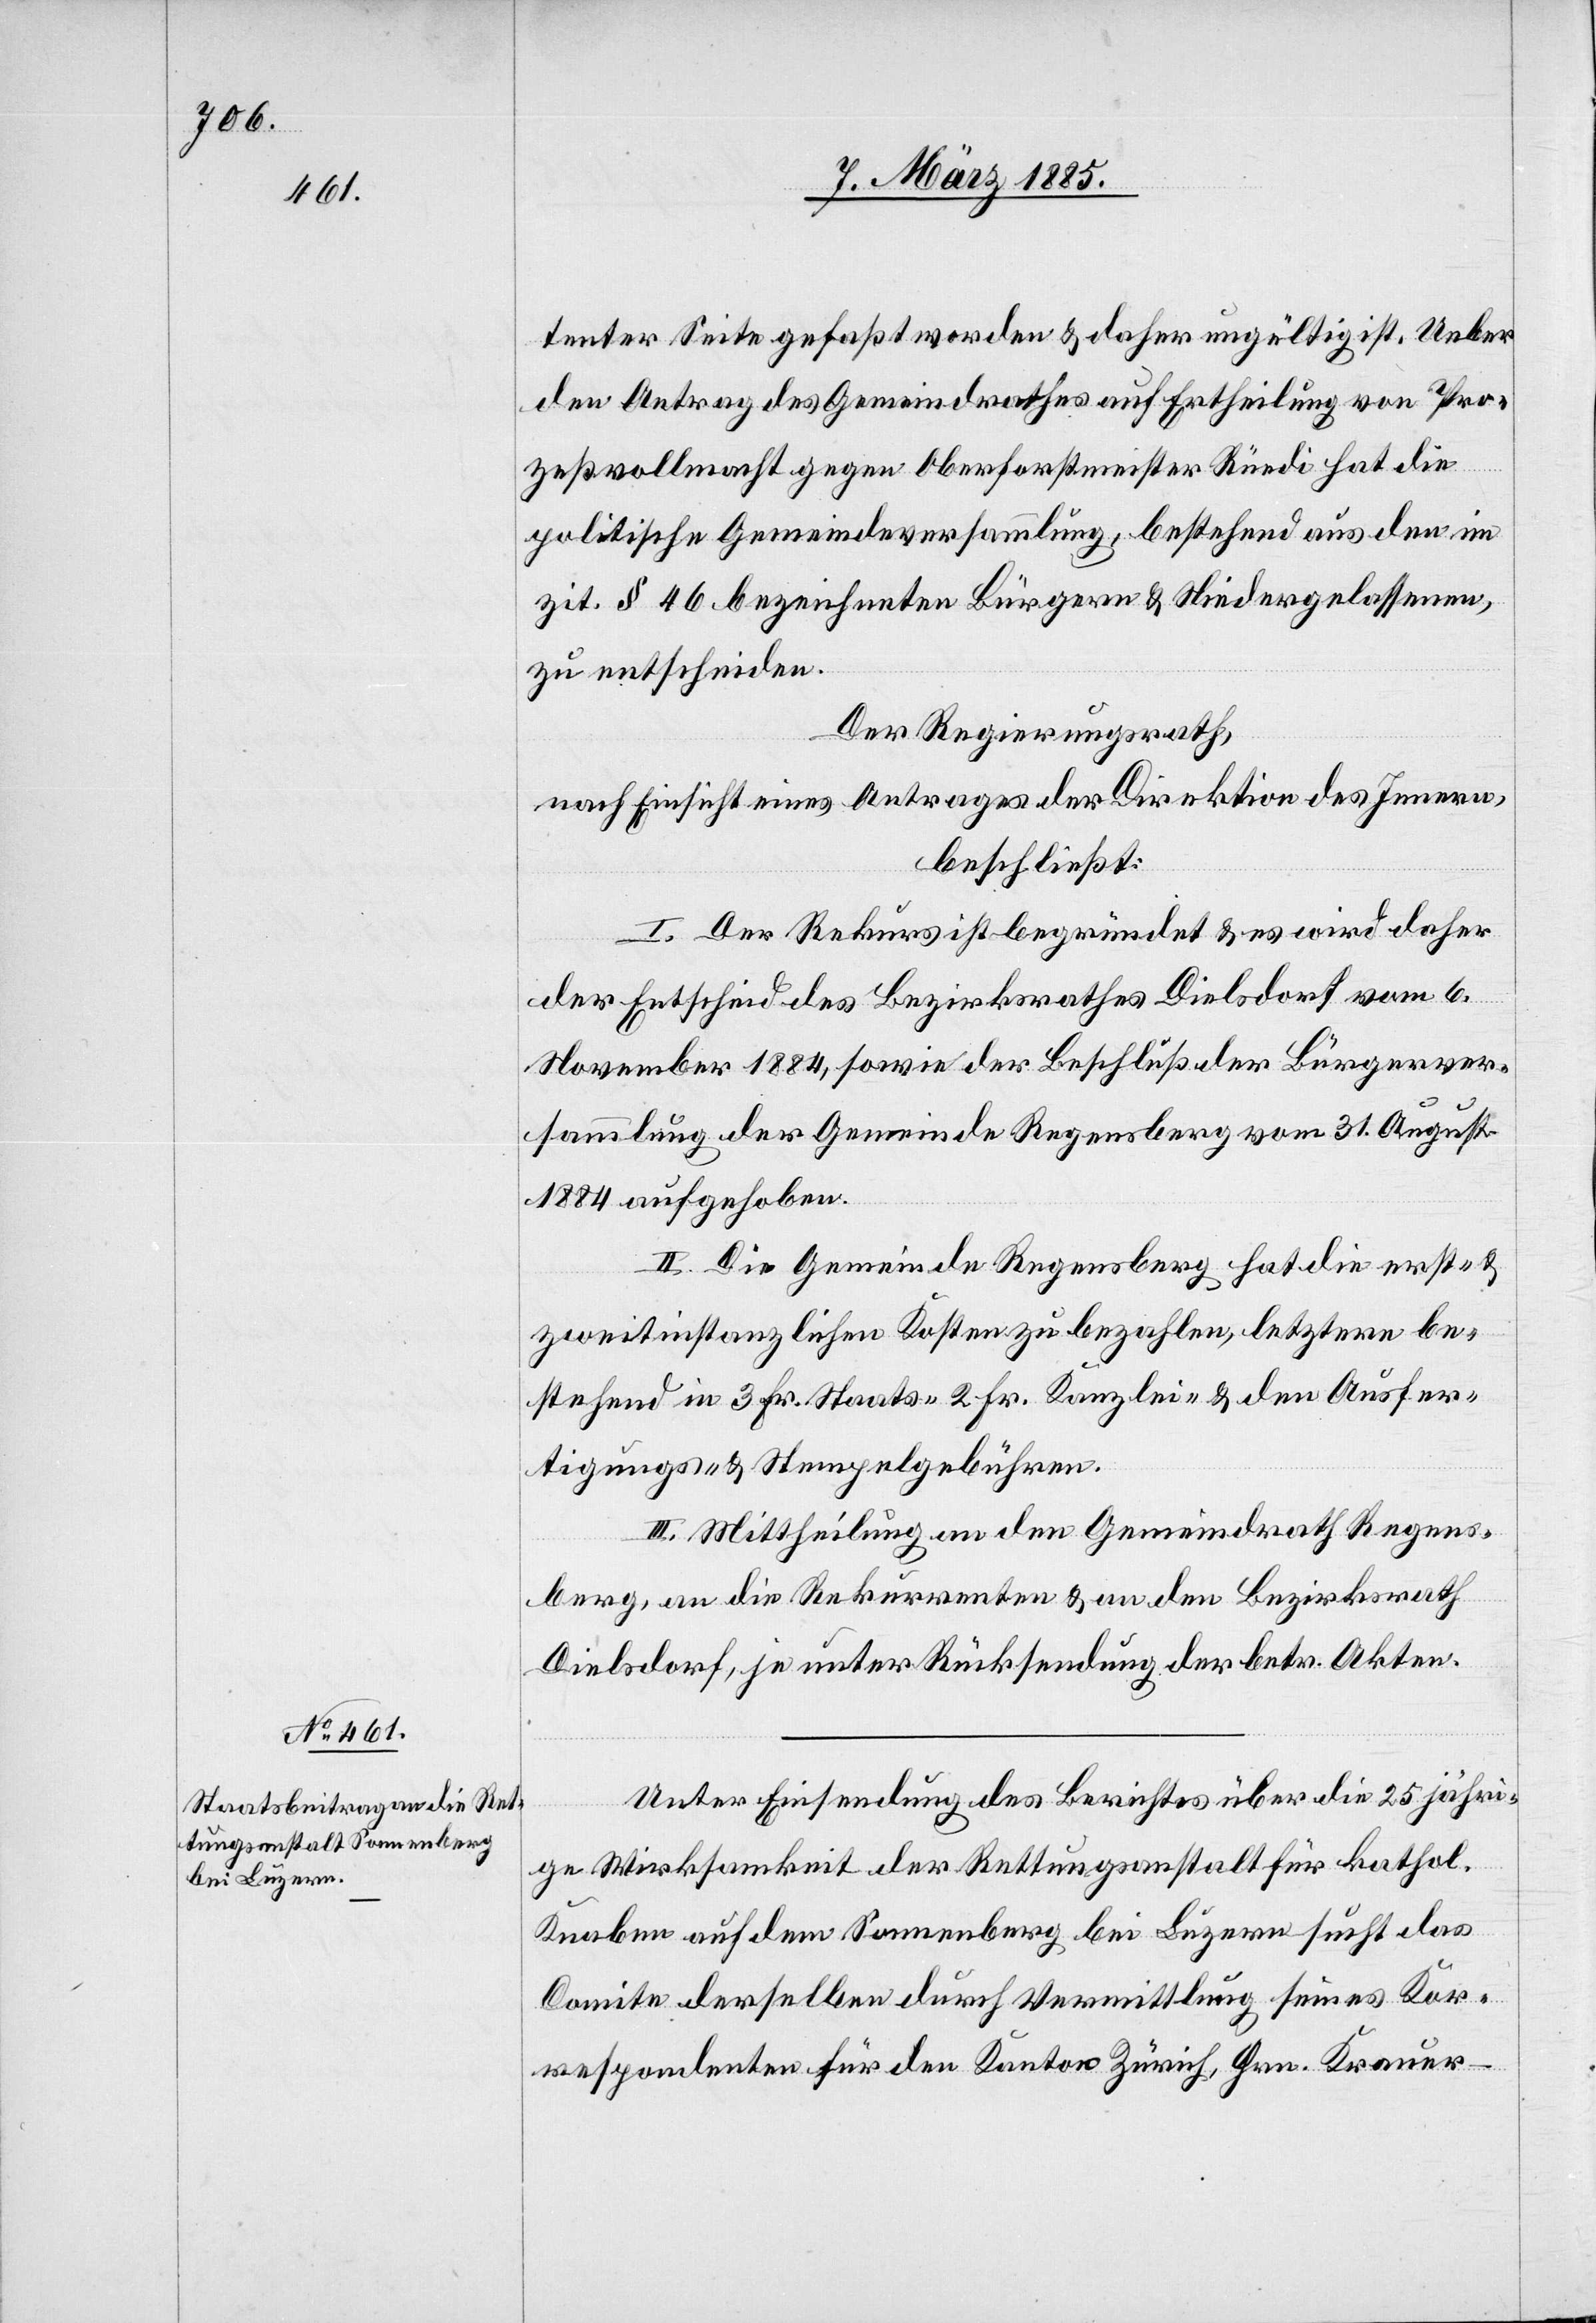
Unter Einsendung des Berichtes über die 25 jähri¬
ge Wirksamkeit der Rettungsanstalt für kathol.
Knaben auf dem Sonnenberg bei Luzern sucht das
Comite derselben durch Vermittlung seines Kor¬
respondenten für den Kanton Zürich, Hrn. Krauer-